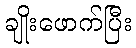
ချိုးဖောက်ပြီး